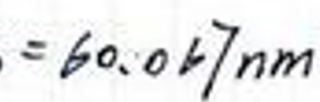
$ = 6 0. 0 4 7 n m $